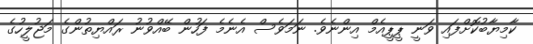
ކާމިޔާބުކޮށްފައި ވަނީ ޕީޕީއެމް އިންނެވެ. ނަމަވެސް އެނެމެ ފަހުން ބޭއްވުނު ރައްޔިތުންގެ މަޖުލީހުގެ